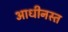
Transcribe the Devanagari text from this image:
आधीनस्त